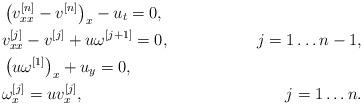
LaTeX: \begin{align*} &\left(v_{xx}^{[n]}-v^{[n]}\right)_x-u_t=0,&\\ &v_{xx}^{[j]}-v^{[j]}+u\omega^{[j+1]}=0,&j=1\dots n-1,\\ &\left(u\omega^{[1]}\right)_x+u_y=0,&\\&\omega_x^{[j]}=uv_x^{[j]}, &j=1\dots n.\end{align*}